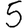
Digit: 5